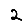
Digit: 2